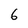
Character: 6